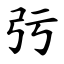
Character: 㢪